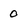
Character: 0